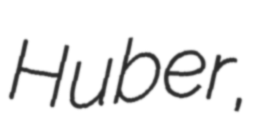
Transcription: Huber,